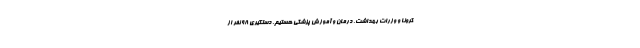
کرونا و وزرات بهداشت، درمان و آموزش پزشکی هستیم. دستگیری 98 نفر از